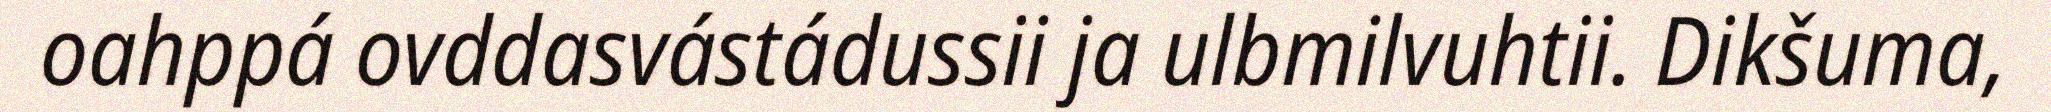
oahppá ovddasvástádussii ja ulbmilvuhtii. Dikšuma,